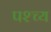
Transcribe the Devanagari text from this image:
पश्च्य